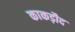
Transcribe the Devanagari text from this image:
काकड़ौद